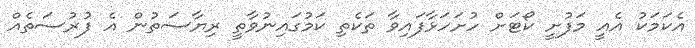
އެކަމަކު އެއީ މަފުށީ ކޯޓަށް ހުށަހަޅާފައިވާ ތަކެތި ކަމުގައިނުވާތީ ރިޔާސަތުން އެ ފުރުސަތެއް